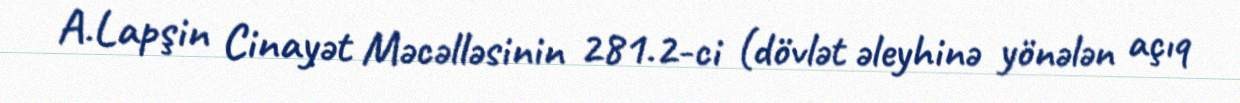
A.Lapşin Cinayət Məcəlləsinin 281.2-ci (dövlət əleyhinə yönələn açıq